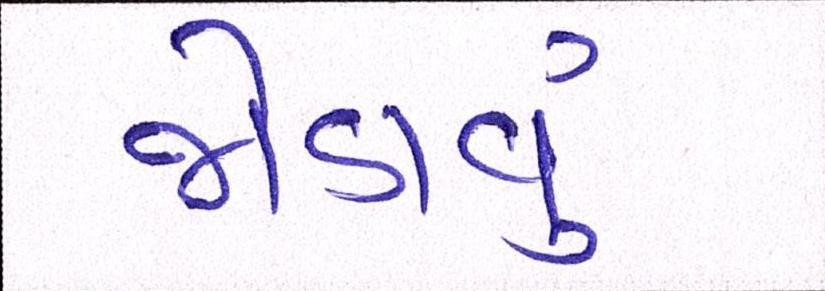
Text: જોડાવું